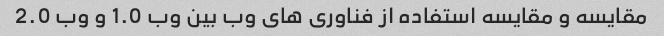
مقایسه و مقایسه استفاده از فناوری های وب بین وب 1.0 و وب 2.0